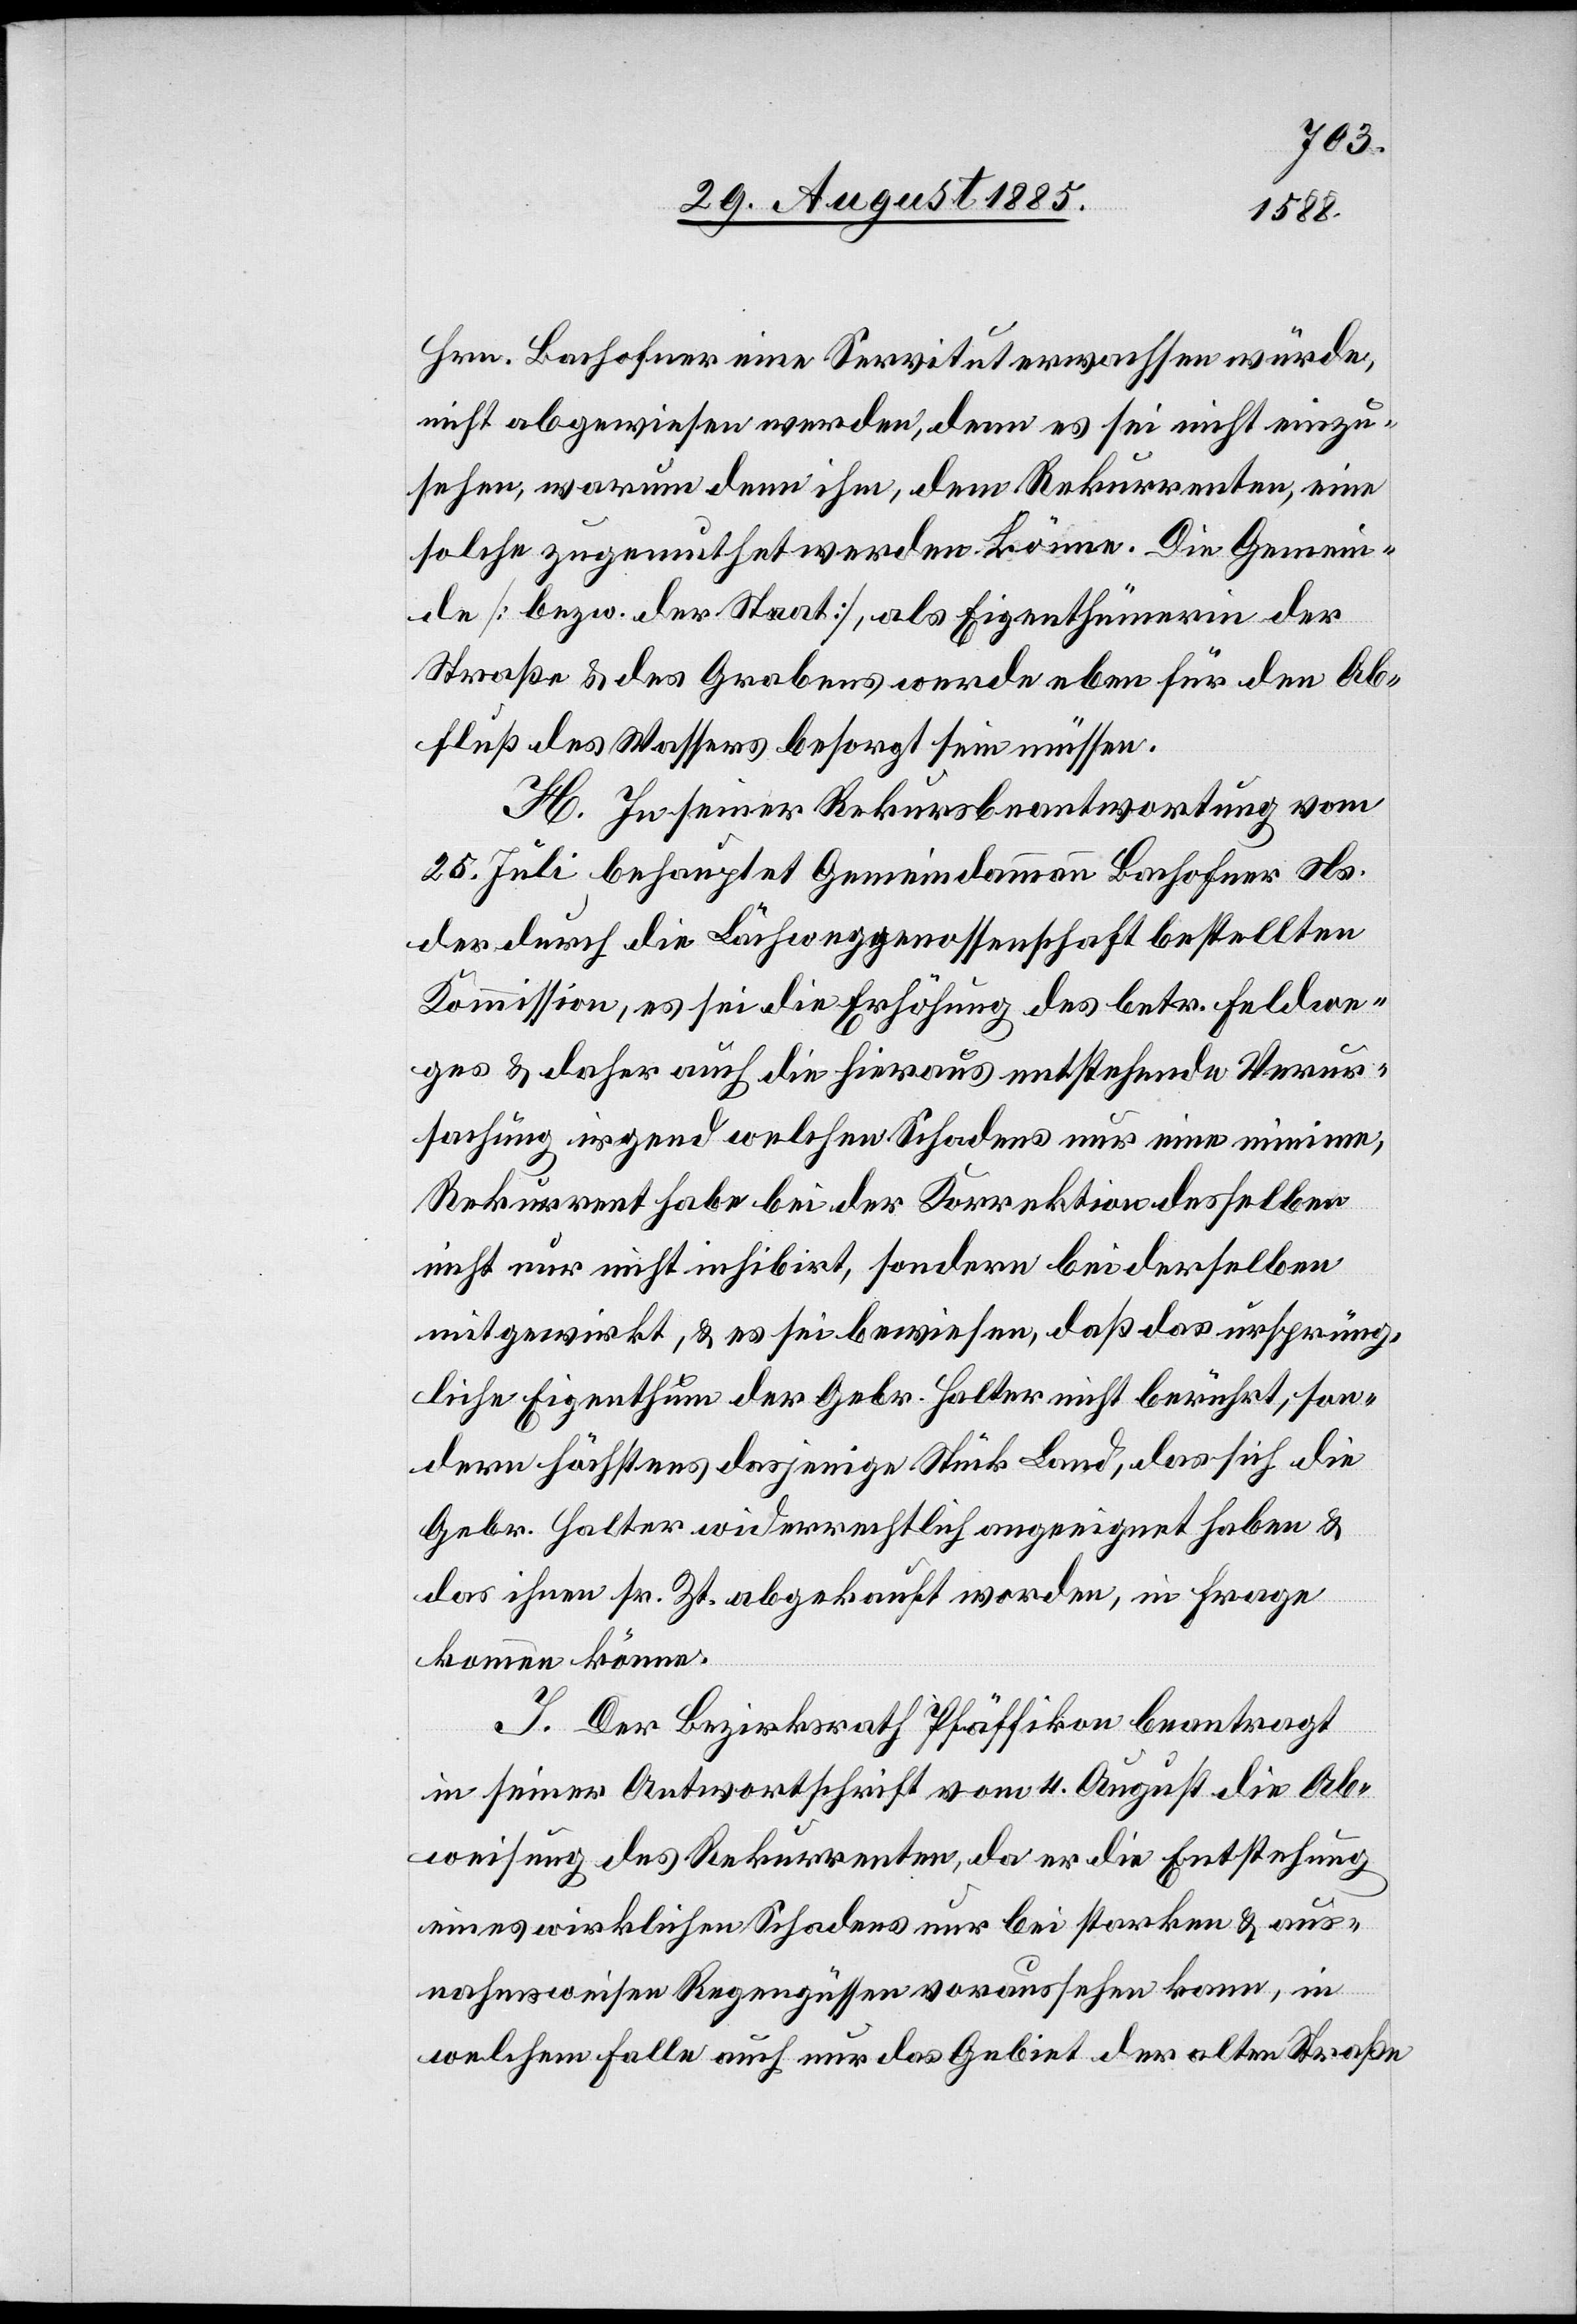
Hrn. Bachofner eine Servitut erwachsen würde,
nicht abgewiesen werden, denn es sei nicht einzu¬
sehen, warum denn ihm, dem Rekurrenten, eine
solche zugemuthet werden könne. Die Gemein¬
de [bezw. der Staat], als Eigenthümerin der
Straße & des Grabens, werde eben für den Ab¬
fluß des Wassers besorgt sein müssen.
H. In seiner Rekursbeantwortung vom
25. Juli behauptet Gemeindammann Bachofner Ns.
der durch die Lächweggenossenschaft bestellten
Kommission, es sei die Erhöhung des betr. Feldwe¬
ges & daher auch die hieraus entstehende Verur¬
sachung irgend welchen Schadens nur eine minime,
Rekurrent habe bei der Korrektion desselben
nicht nur nicht inhibirt, sondern bei derselben
mitgewirkt, & es sei bewiesen, daß das ursprüng¬
liche Eigenthum der Gebr. Halter nicht berührt, son¬
dern höchstens dasjenige Stück Land, das sich die
Gebr. Halter widerrechtlich angeeignet haben &
das ihnen sr. Zt. abgekauft worden, in Frage
kommen könne.
J. Der Bezirksrath Pfäffikon beantragt
in seiner Antwortschrift vom 4. August die Ab¬
weisung des Rekurrenten, da er die Entstehung
eines wirklichen Schadens nur bei starken & aus¬
nahmsweisen Regengüssen voraussehen kann, in
welchem Falle auch nur das Gebiet der alten Straße